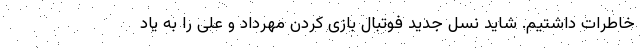
خاطرات داشتیم. شاید نسل جدید فوتبال بازی کردن مهرداد و علی را به یاد